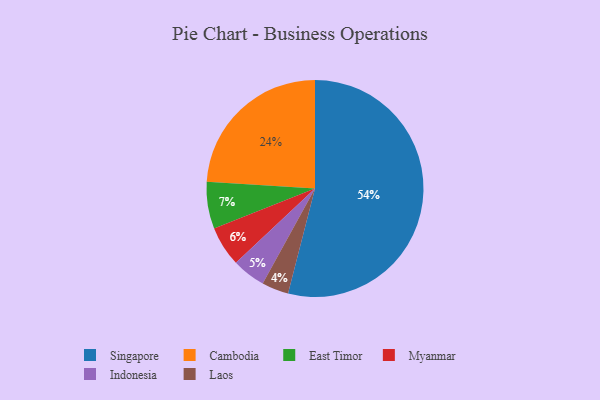
{"axis": {"x": "Category", "y": "Percentage"}, "legend": ["Cambodia", "East Timor", "Indonesia", "Laos", "Myanmar", "Singapore"], "data": [{"x": "Singapore", "y": 54, "type": "Singapore"}, {"x": "Laos", "y": 4, "type": "Laos"}, {"x": "Indonesia", "y": 5, "type": "Indonesia"}, {"x": "Myanmar", "y": 6, "type": "Myanmar"}, {"x": "Cambodia", "y": 24, "type": "Cambodia"}, {"x": "East Timor", "y": 7, "type": "East Timor"}]}